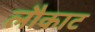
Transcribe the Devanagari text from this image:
लौकाट